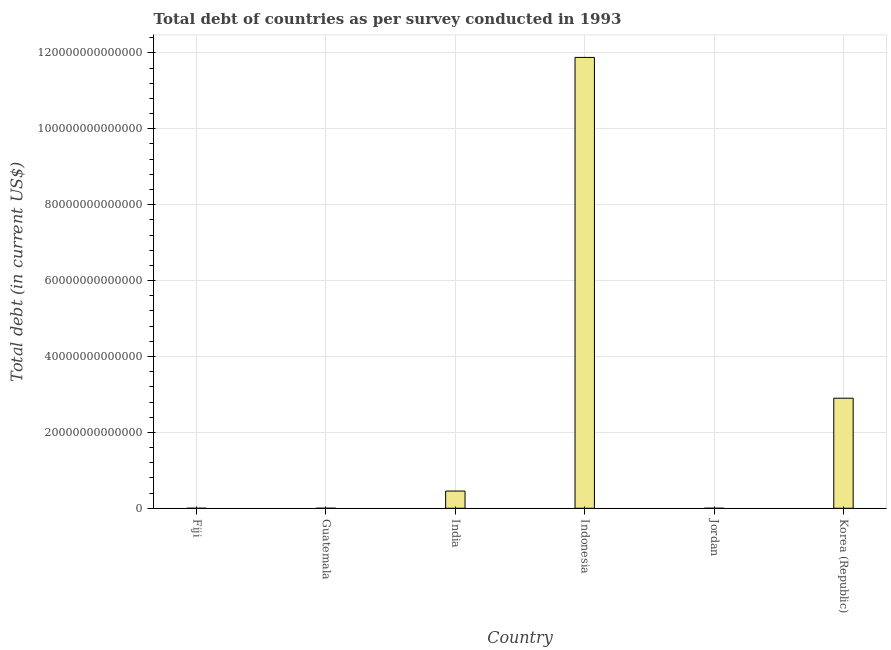
| Country | Central government debt |
 | --- | --- |
 | Fiji | 9.22e+08 |
 | Guatemala | 8.75e+09 |
 | India | 4.53e+12 |
 | Indonesia | 1.19e+14 |
 | Jordan | 4.88e+09 |
 | Korea (Republic) | 2.9e+13 |